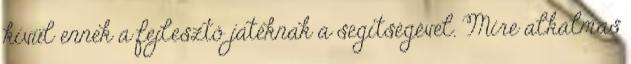
kívül ennek a fejlesztő játéknak a segítségével. Mire alkalmas